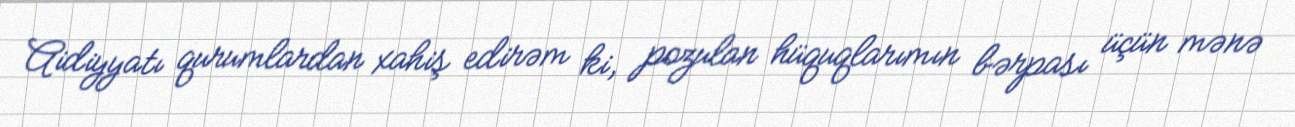
Aidiyyatı qurumlardan xahiş edirəm ki, pozulan hüquqlarımın bərpası üçün mənə